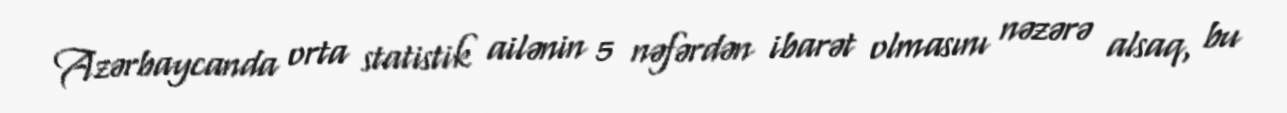
Azərbaycanda orta statistik ailənin 5 nəfərdən ibarət olmasını nəzərə alsaq, bu